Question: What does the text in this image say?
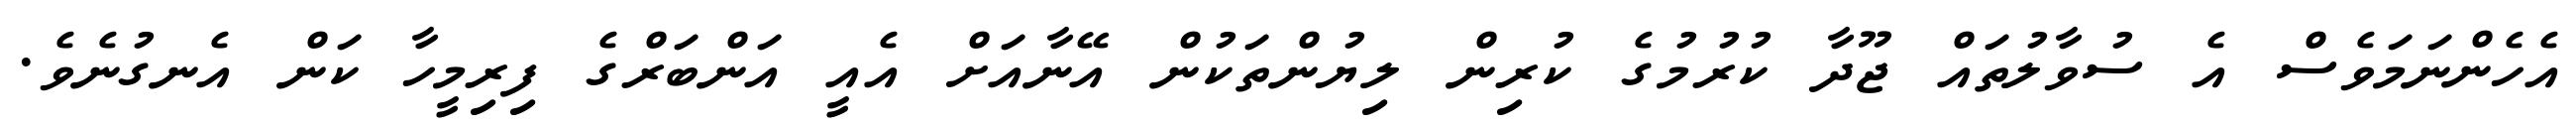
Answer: އެހެންނަމަވެސް އެ ސުވާލުތައް ޖޫދާ ކުރުމުގެ ކުރިން ލިޔުންތަކުން އޭނާއަށް އެއީ އަންބަރްގެ ފިރިމީހާ ކަން އެނގުނެވެ.